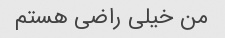
من خیلی راضی هستم